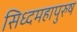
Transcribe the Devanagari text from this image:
सिध्दमहापुरुष